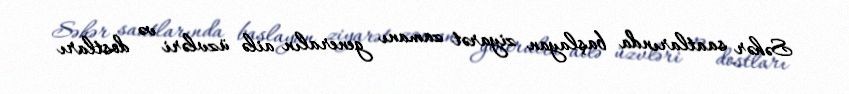
Səhər saatlarında başlayan ziyarət zamanı generalın ailə üzvləri və dostları